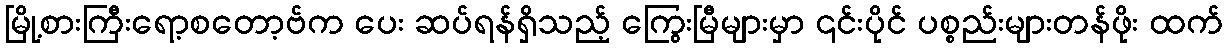
မြို့စားကြီးရော့စတော့ဗ်က ပေး ဆပ်ရန်ရှိသည့် ကြွေးမြီများမှာ ၎င်းပိုင် ပစ္စည်းများတန်ဖိုး ထက်